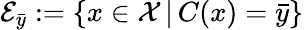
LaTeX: \mathcal{E}_{\bar{{y}}}:=\{ x\in\mathcal{{X}}\, |\, C(x)=\bar{{y}}\}